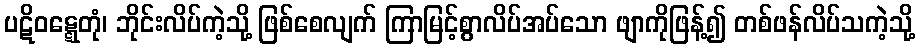
ပဋိဝဋ္ဋေတုံ၊ ဘိုင်းလိပ်ကဲ့သို့ ဖြစ်စေလျက် ကြာမြင့်စွာလိပ်အပ်သော ဖျာကိုဖြန့်၍ တစ်ဖန်လိပ်သကဲ့သို့